画像に写った文字を読んでください
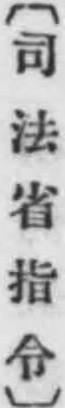
「〔司法省指令〕」と書いてあります